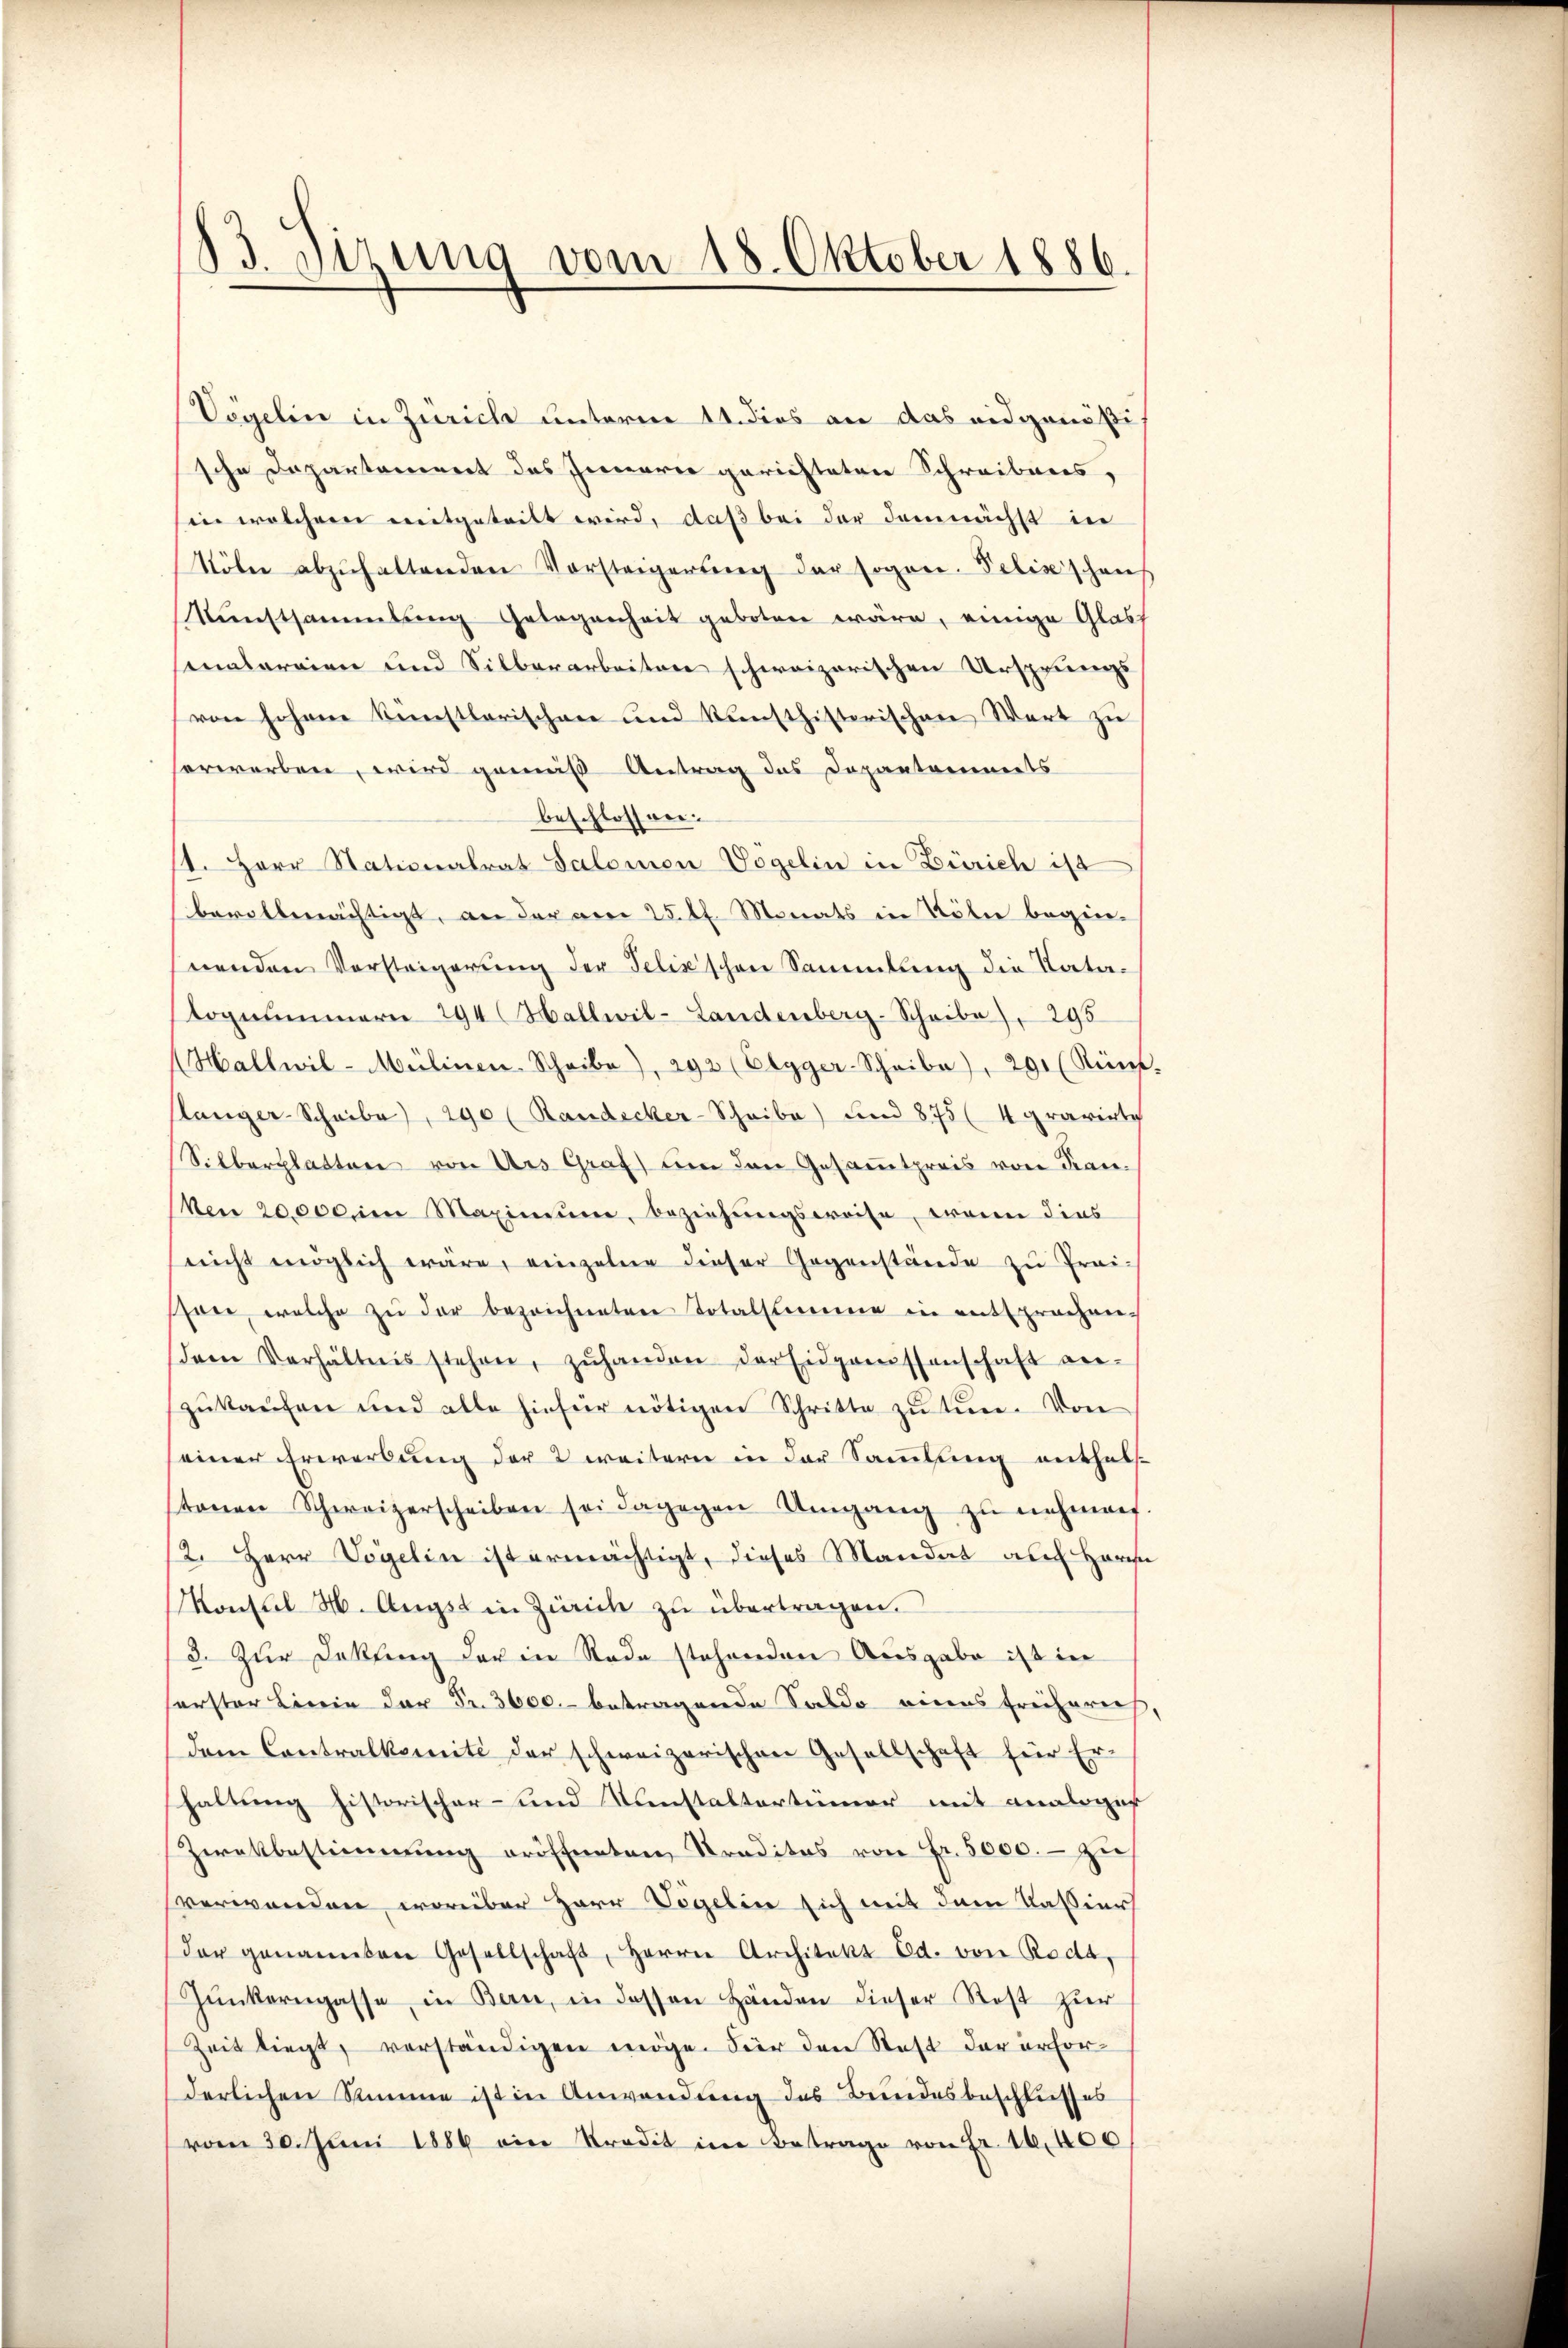
83. Sitzung vom 18. Oktober 1886.

Vögelin in Zürich unterm 11. dies an das eidgenößische Departamiert des Innerer gerichteten Schreibens,
in welchem mitgetritt wird, daß bei der demnächst in
Röln abzŭhaltenden Vorsteigerŭng der sogan. Pelizischen
Kunstsammlung Gelegenheit geboten wäre, einige Glass
sonalereien und Silberarbeiten schweizerischen Ursprungs
von Johane Kunstlerischen und künsthistorischen Wert zu
herwerben, wird gemäß Antrag des Departements
beschlossen.
1. Herr Stationalrat Salomon Vögelin in Zürich ist
bevollmächtigt, an der am 25. d. Monats in Kölne begin-
nenden Vorsteigerung der Felix’schen Sammlung die Natatognummern 294 (Hallwil-Landenberg-Schribe), 295
(Hallwil-Mülinen-Schribe), 292 (Elgger-Schribe), 291 (Rünf.
slänger-Scheibe), 290 (Randecker-Schribe) und 875 (4 gravirlich
Silberglatten von des Graf um den Gesamtpreis von Kan-
ken 20000 im Maximŭm, beziehungsweise, wenn dies
nicht möglich wäre, einzelne dieser Gegenstände zu frai-
sare, welche zŭ der bezeichneten Totalsumme in entsprochen.
dem Verhältnis stehen, zŭhanden der Eidgenissenschaft an-
zŭkaŭfen und alle hiefür nötigen Schritte zŭ tun. Von
einer Erwerbung der 2 weitern in der Sammlung enthalstonen Schweizerscheiben sei dagegen Umgang zŭ nehmen.
2. Herr Vögelin ist ermächtigt, dieses Mandat auch Harn
Konsul H. Augst in Zürich zu übertragen.
3. Zur Dekling der in Rade stehenden Ausgabe ist in
serster Lierin der Fr. 3600. betragende Saldo eines Freihares,
dem Contralkomite der schweizerischen Gesellschaft für Erhaltung historischer- und Konstaltertümer mit analoger
Zwekbestimmung eröffneten Traditas von Fr. 5000.- zu
verwanden, worüber Herr Vögelin sich mit dem Kassier
der genannten Gesellschaft, Herrn Architekt Ed. von Roda,
Gŭnkerngasse, in Bern, in dessen Händen dieser Rost zur
Zeit liegt, verständigen möge. Für den Statt der erforderlichen Stimme ist in Anwendung des Bundesbeschlusses
vom 30. Juni 1886 ein Stradit im Betrage von Fr. 16,400